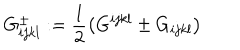
G _ { i j k l } ^ { \pm } : = \frac 1 2 \left( G ^ { i j k l } \pm G _ { i j k l } \right)